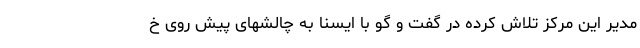
مدیر این مرکز تلاش کرده در گفت و گو با ایسنا به چالشهای پیش روی خ